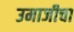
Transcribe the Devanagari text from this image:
उमाजीचा